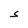
Character: S